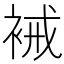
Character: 裓